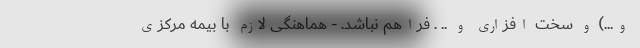
و...) و سخت افزاری و .. . فراهم نباشد. - هماهنگی لازم با بیمه مرکزی